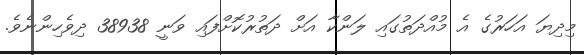
މިދިޔަ އަހަރުގެ އެ މުއްދަތުގައި ލަންކާ އަށް ދަތުރުކޮށްފައި ވަނީ 38938 ދިވެހިންނެވެ.